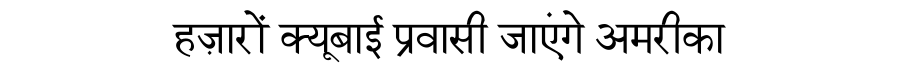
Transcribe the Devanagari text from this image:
हज़ारों क्यूबाई प्रवासी जाएंगे अमरीका